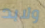
ولابد